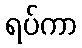
ရပ်ကာ